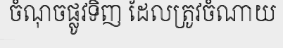
ចំណុចផ្លូវទិញ ដែលត្រូវចំណាយ